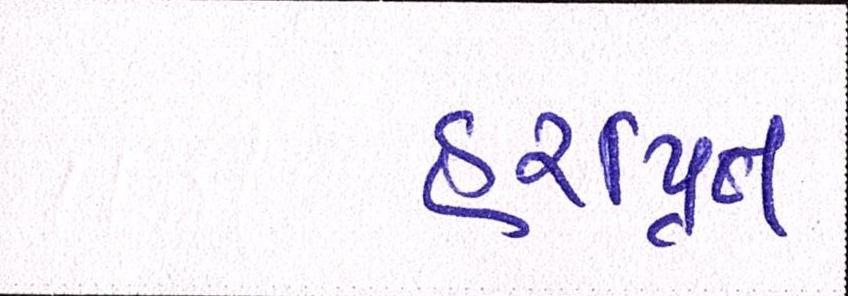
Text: હરપ્રિત